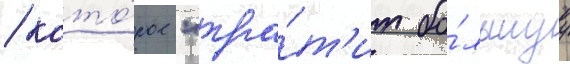
/ кото́рое "тра́т'ит бо́льшуу